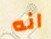
انه